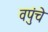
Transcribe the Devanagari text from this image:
वपुंचे